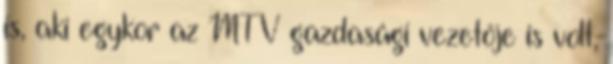
is, aki egykor az MTV gazdasági vezetője is volt,